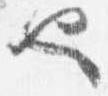
也